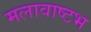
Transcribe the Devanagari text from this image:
मलावाष्टभ